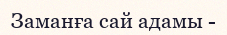
Заманға сай адамы -